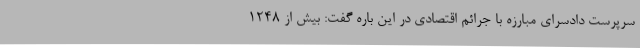
سرپرست دادسرای مبارزه با جرائم اقتصادی در این باره گفت: بیش از ۱۲۴۸